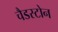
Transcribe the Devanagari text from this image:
चैडस्टोन